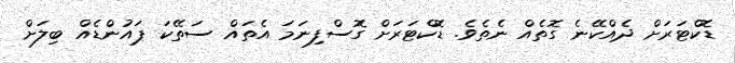
ޑޮކްޓަރަށް ދެއްކޭނެ ގޮތެއް ނެތެވެ. ޑޮކްޓަރަށް ގޮސްފިނަމަ އެތައް ސަތޭކަ ޕައުންޑެއް ބިލަށް